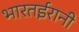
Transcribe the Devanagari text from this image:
भारतईरानी